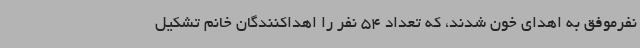
نفرموفق به اهدای خون شدند، که تعداد 54 نفر را اهداکنندگان خانم تشکیل